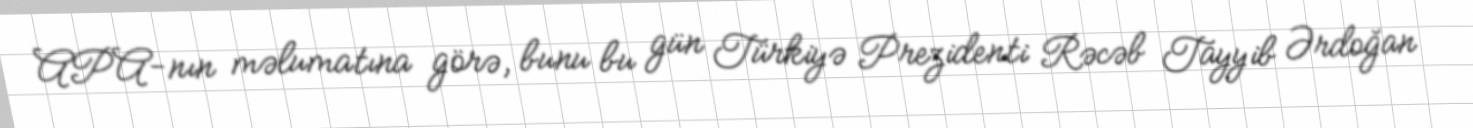
APA-nın məlumatına görə, bunu bu gün Türkiyə Prezidenti Rəcəb Tayyib Ərdoğan